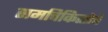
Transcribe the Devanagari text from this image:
समचिकित्सेचे